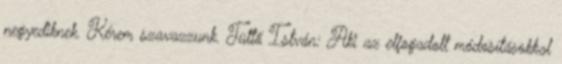
negyediknek. Kérem szavazzunk. Tüttő István: Aki az elfogadott módosításokkal